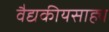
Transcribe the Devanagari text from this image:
वैद्यकीयसाह्य